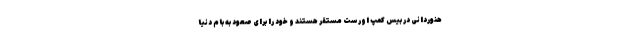
هنوردانی در بیس کمپ اورست مستقر هستند و خود را برای صعود به بام دنیا